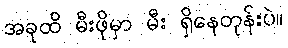
အခုထိ မီးဖိုမှာ မီး ရှိနေတုန်းပဲ။